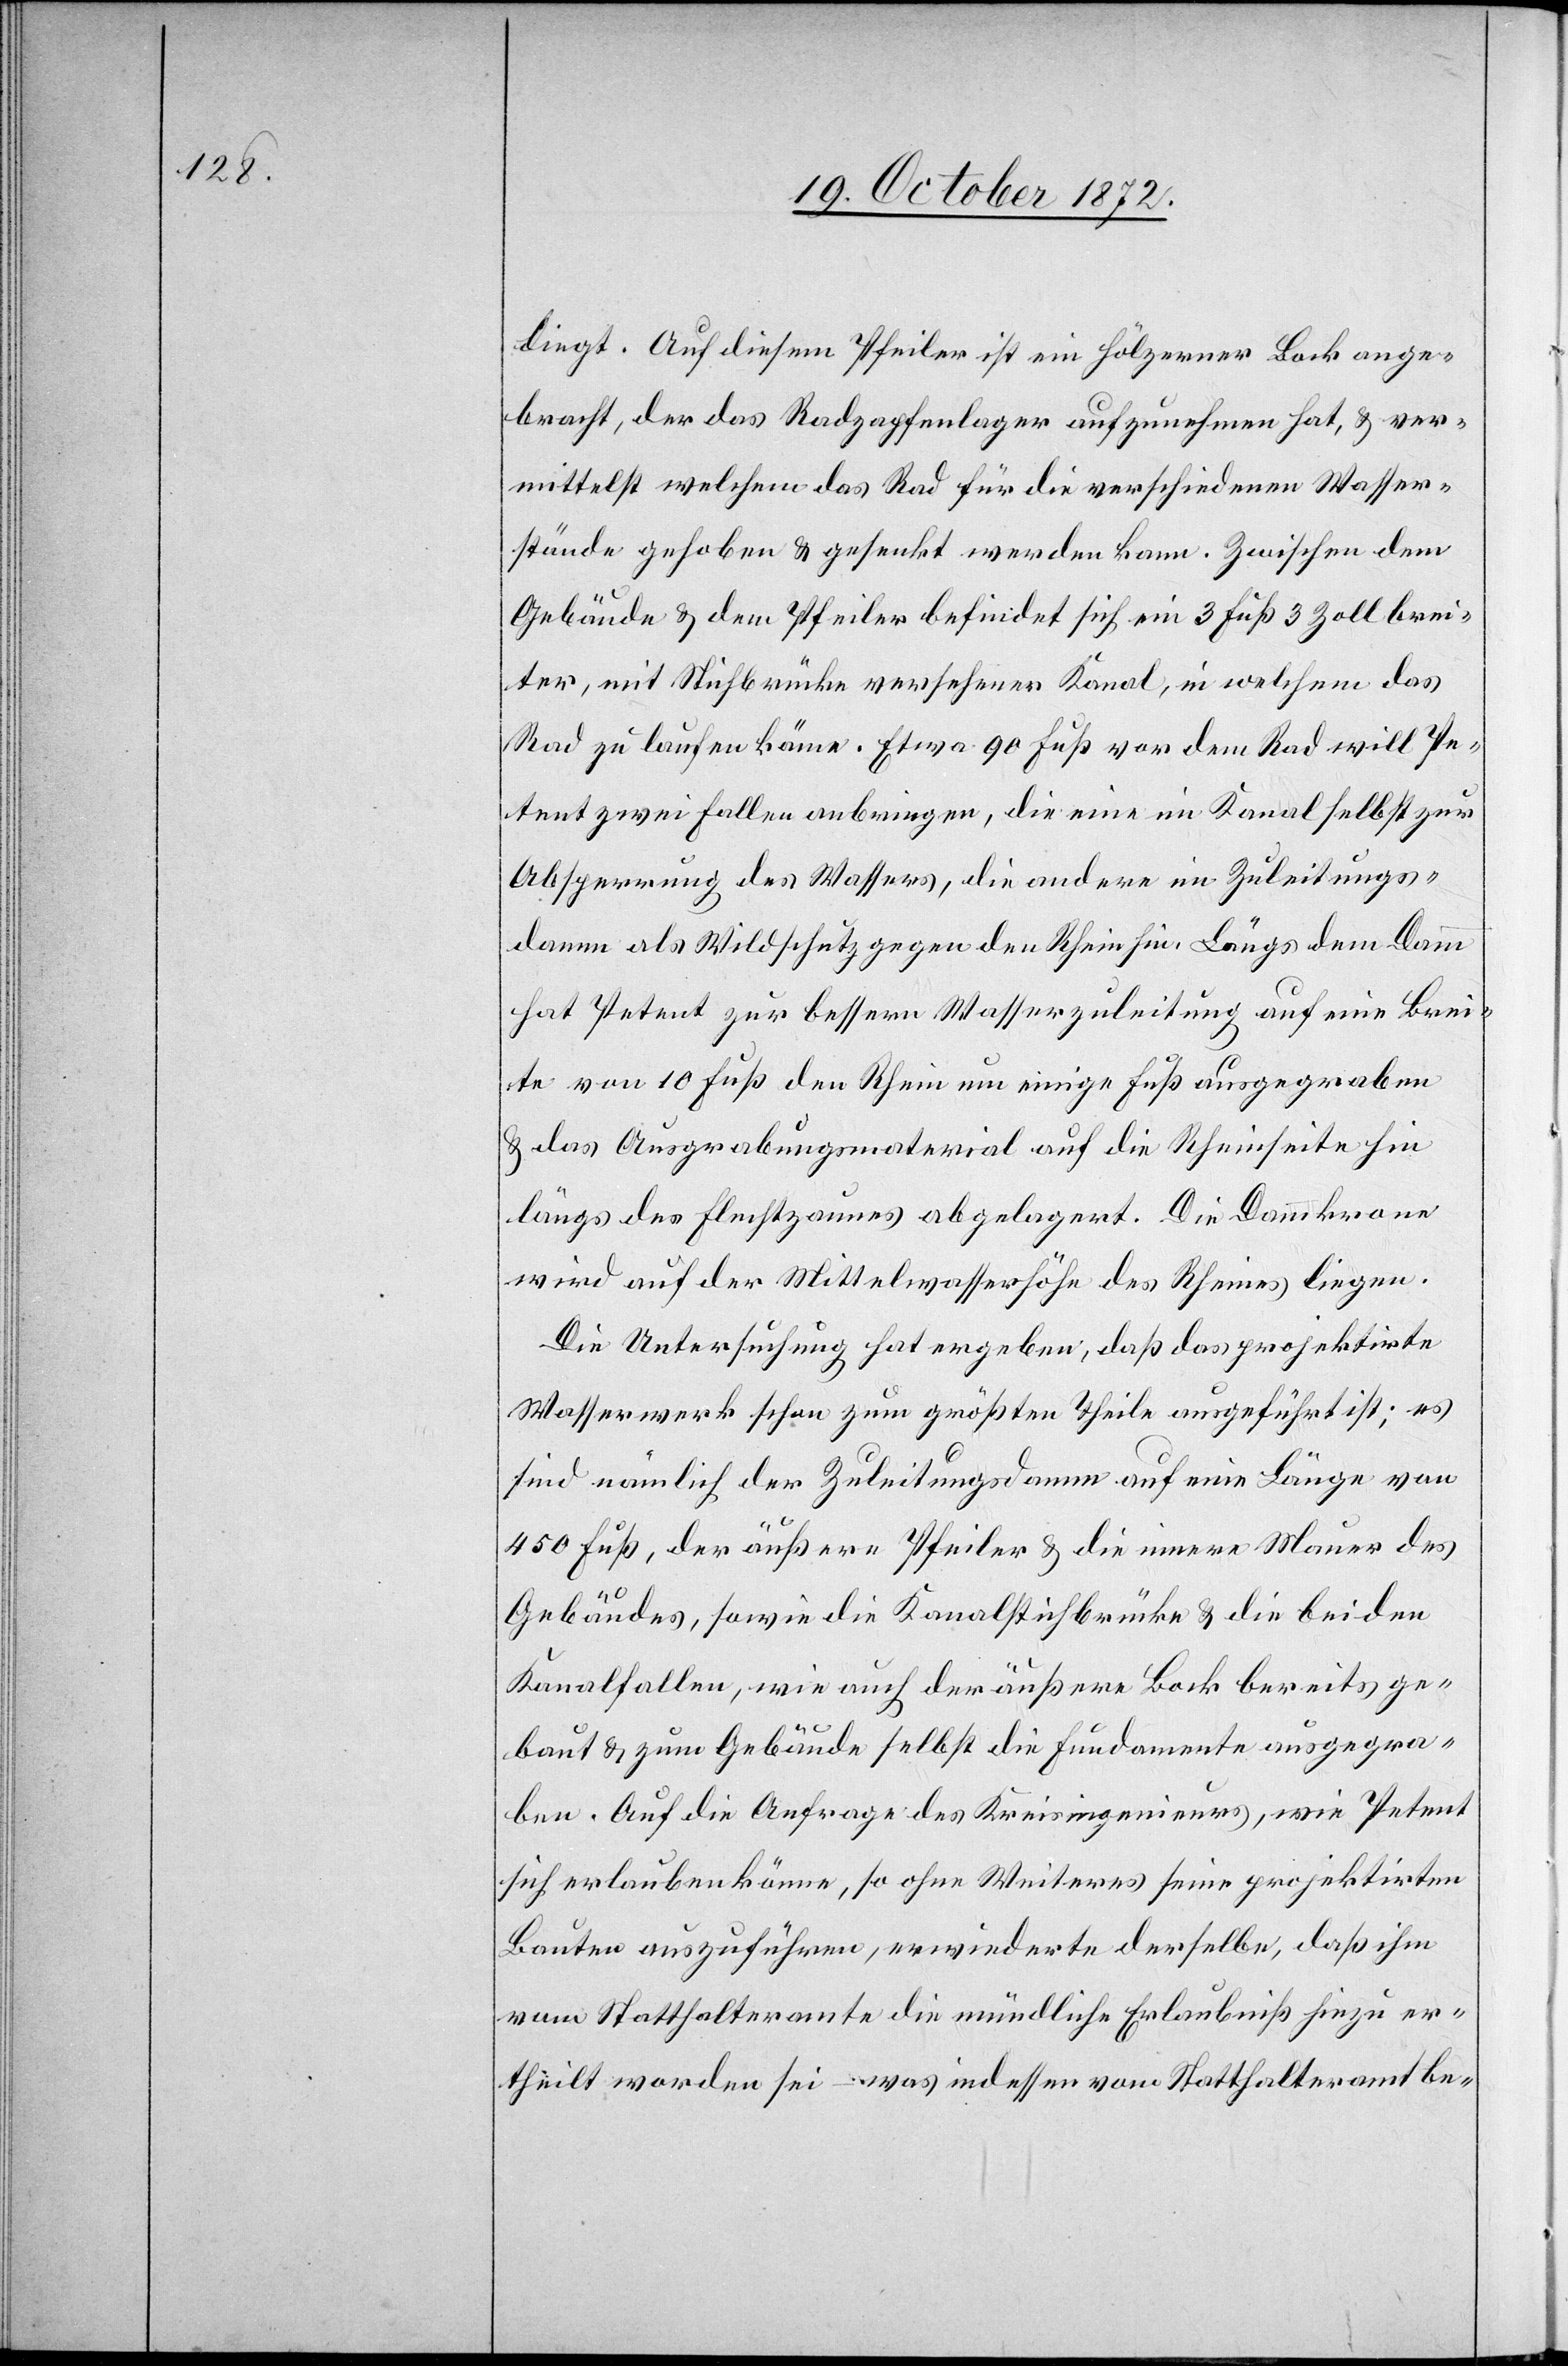
liegt. Auf diesem Pfeiler ist ein hölzerner Bock ange¬
bracht, der das Radzapfenlager aufzunehmen hat, u. ver¬
mittelst welchem das Rad für die verschiedenen Wasser¬
stände gehoben u. gesenkt werden kann. Zwischen dem
Gebäude u. dem Pfeiler befindet sich ein 3 Fuß 3 Zoll brei¬
ter, mit Stichbrücke versehener Kanal, in welchem das
Rad zu laufen käme. Etwa 90 Fuß vor dem Rad will Pe¬
tent zwei Fallen anbringen, die eine im Kanal selbst zur
Absperrung des Wassers, die andere im Zuleitungs¬
damm als Wildschutz gegen den Rhein hin. Längs dem Damm
hat Petent zur bessern Wasserzuleitung auf eine Brei¬
te von 10 Fuß den Rhein um einige Fuß ausgegraben
u. das Ausgrabungsmaterial auf die Rheinseite hin
längs des Flechtzaunes abgelagert. Die Dammkrone
wird auf der Mittelwasserhöhe des Rheines liegen.
Die Untersuchung hat ergeben, daß das projektirte
Wasserwerk schon zum größten Theile ausgeführt ist; es
sind nämlich der Zuleitungsdamm auf eine Länge von
450 Fuß, der äußere Pfeiler u. die innere Mauer des
Gebäudes, sowie die Kanalstichbrücke u. die bei den
Kanalfallen, wie auch der äußere Bock bereits ge¬
baut u. zum Gebäude selbst die Fundamente ausgegra¬
ben. Auf die Anfrage des Kreisingenieurs, wie Petent
sich erlauben könne, so ohne Weiteres seine projektirten
Bauten auszuführen, erwiederte derselbe, daß ihm
vom Statthalteramte die mündliche Erlaubniß hiezu er¬
theilt worden sei – was indessen vom Statthalteramt be-